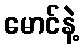
မောင်နဲ့